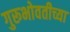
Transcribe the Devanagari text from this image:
गुरूभोवतीच्या